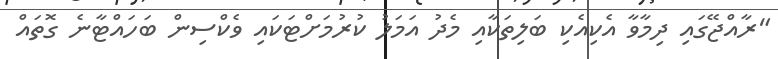
"ރާއްޖޭގައި ދިމާވާ އެކިއެކި ބަލިތަކާއި މެދު އަމަލު ކުރުމަށްޓަކައި ވެކްސިން ބަހައްޓާނެ ގޮތައް